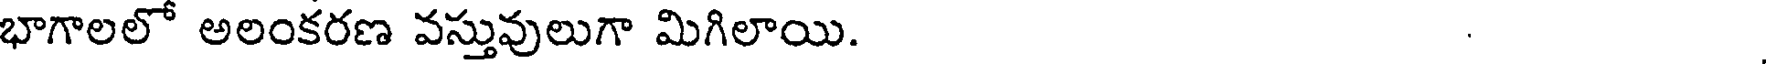
భాగాలలో అలంకరణ వస్తువులుగా మిగిలాయి.